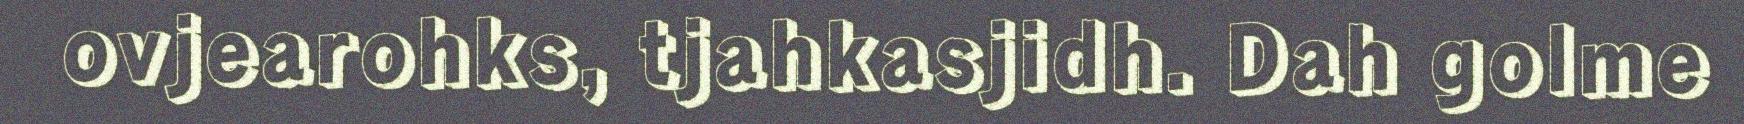
ovjearohks, tjahkasjidh. Dah golme